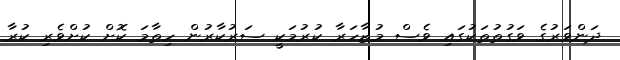
ދަންވަރުގެ ވަގުތުތަކުގައި ވެސް މުޒާހަރާ ކުރުމަކީ ސަރުކާރުން ހިތާމަ ކޮށް ކުށްވެރި ކުރާ